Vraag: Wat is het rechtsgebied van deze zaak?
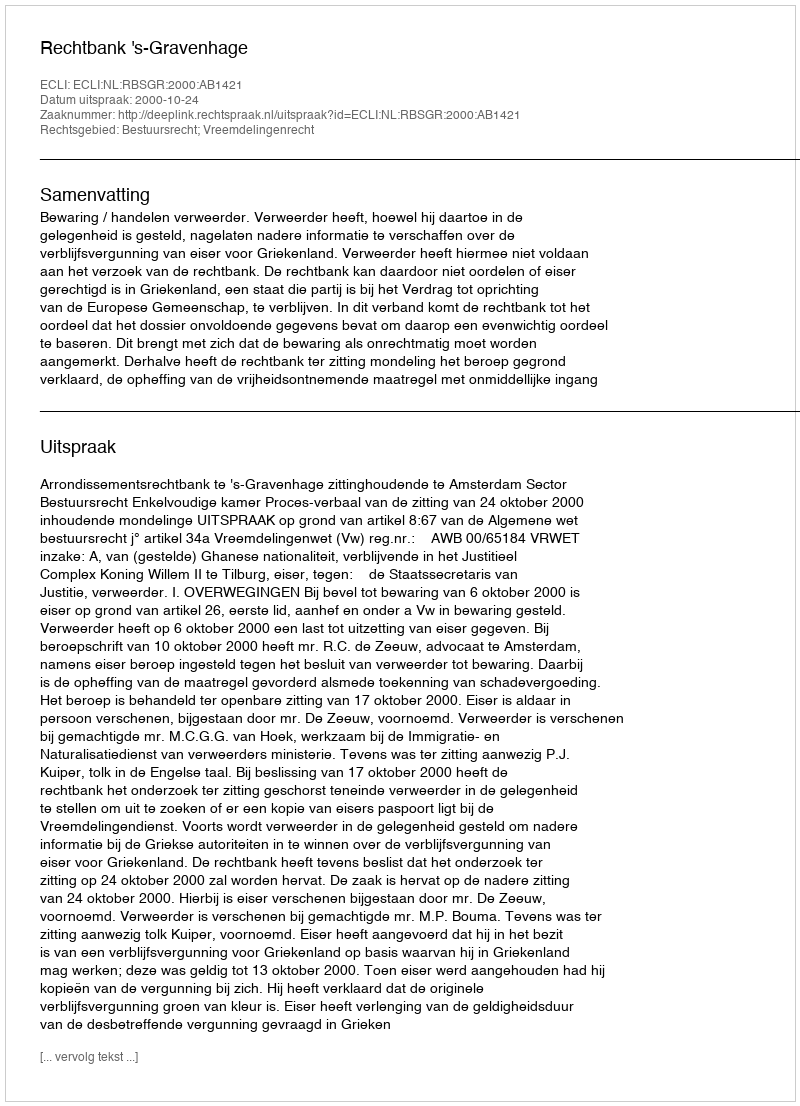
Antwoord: Bestuursrecht; Vreemdelingenrecht